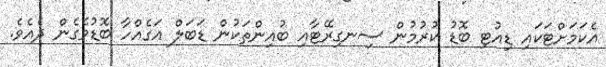
އެކަމަށްޓަކައި ޑިއުޓި ބޮޑު ކުރުމުން ސިނގިރޭޓާއި ބުއިންތަކުން ޑަބަލް އަގެއްހާ ބޮޑުވެގެން ދެއެވެ.